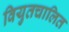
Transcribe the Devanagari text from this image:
वियुतचालित